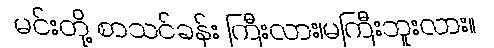
မင်းတို့ စာသင်ခန်း ကြီးလား၊မကြီးဘူးလား။